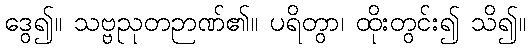
ဒွေ၍။ သဗ္ဗညုတဉာဏ်၏။ ပရိတွာ၊ ထိုးတွင်း၍ သိ၍။